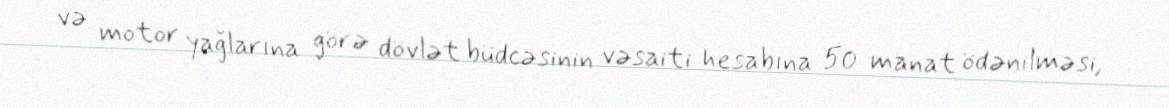
və motor yağlarına görə dövlət büdcəsinin vəsaiti hesabına 50 manat ödənilməsi,